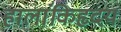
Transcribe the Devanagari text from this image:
हालांकिहृदय